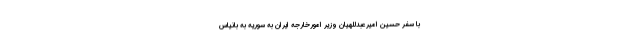
با سفر حسین امیرعبدللهیان وزیر امورخارجه ایران به سوریه به بانیاس